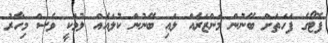
ފޮޓޯގެ ފަހަތަށް ބޭނުން މަންޒަރެއް ލައި ބޭނުން ކުލައެއް ލުމަކީ ވެސް މިހާރު